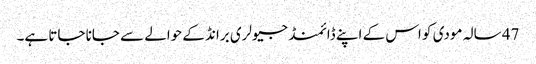
47 سالہ مودی کو اس کے اپنے ڈائمنڈ جیولری برانڈ کے حوالے سے جانا جاتا ہے۔